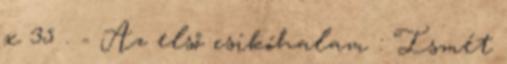
x 35 . - Az első csikóhalam : Ismét